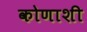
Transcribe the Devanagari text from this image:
कोणाशी